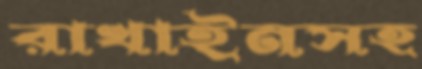
রাখাইনসহ